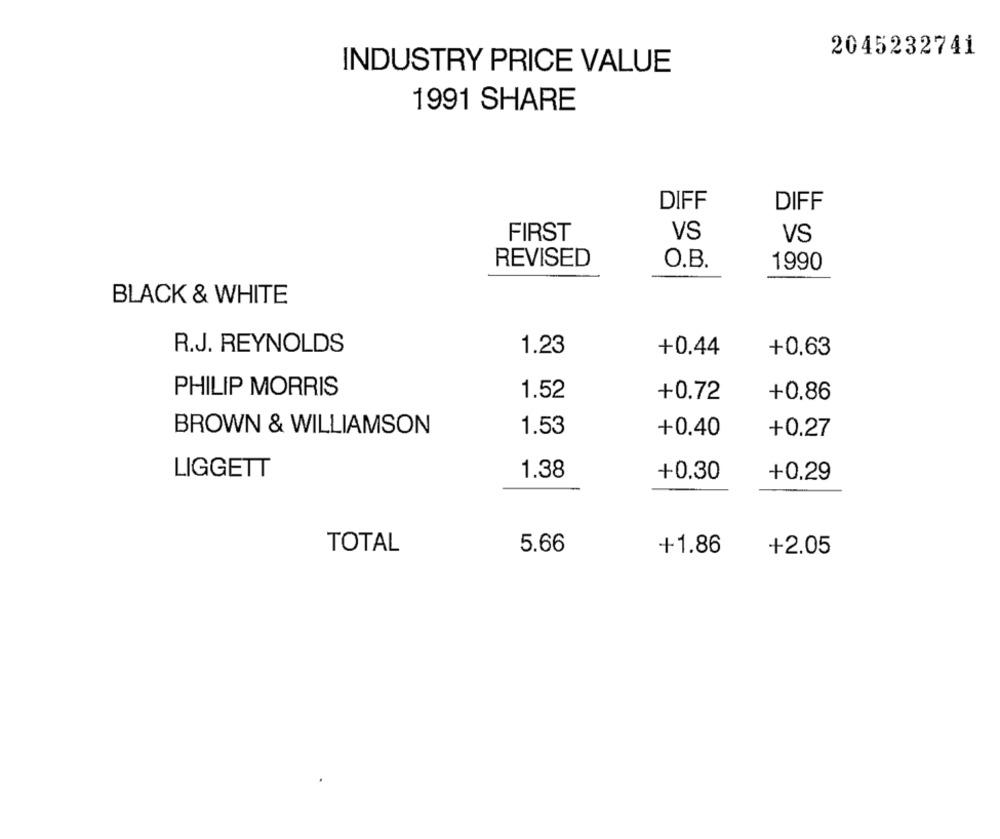
2045232741
INDUSTRY PRICE VALUE
1991 SHARE
DIFF
DIFF
VS
FIRST
VS
REVISED
O.B.
1990
BLACK & WHITE
R.J. REYNOLDS
1.23
+0.44
+0.63
PHILIP MORRIS
1.52
+0.72
+0.86
BROWN & WILLIAMSON
1.53
+0.40
+0.27
LIGGETT
1.38
+0.30
+0.29
TOTAL
5.66
+1.86
+2.05